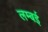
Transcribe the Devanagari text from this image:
लम्बई